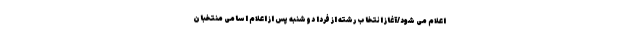
اعلام می شود/آغاز انتخاب رشته از فردا دوشنبه پس از اعلام اسامی منتخبان